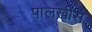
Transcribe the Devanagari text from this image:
पालखीस